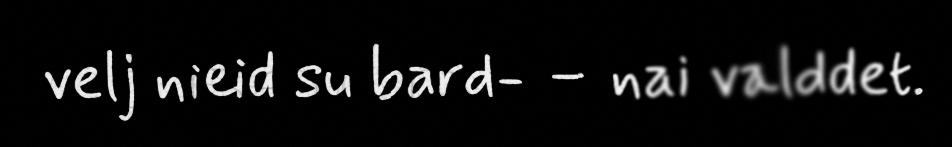
velj nieid su bard- – nai valddet.